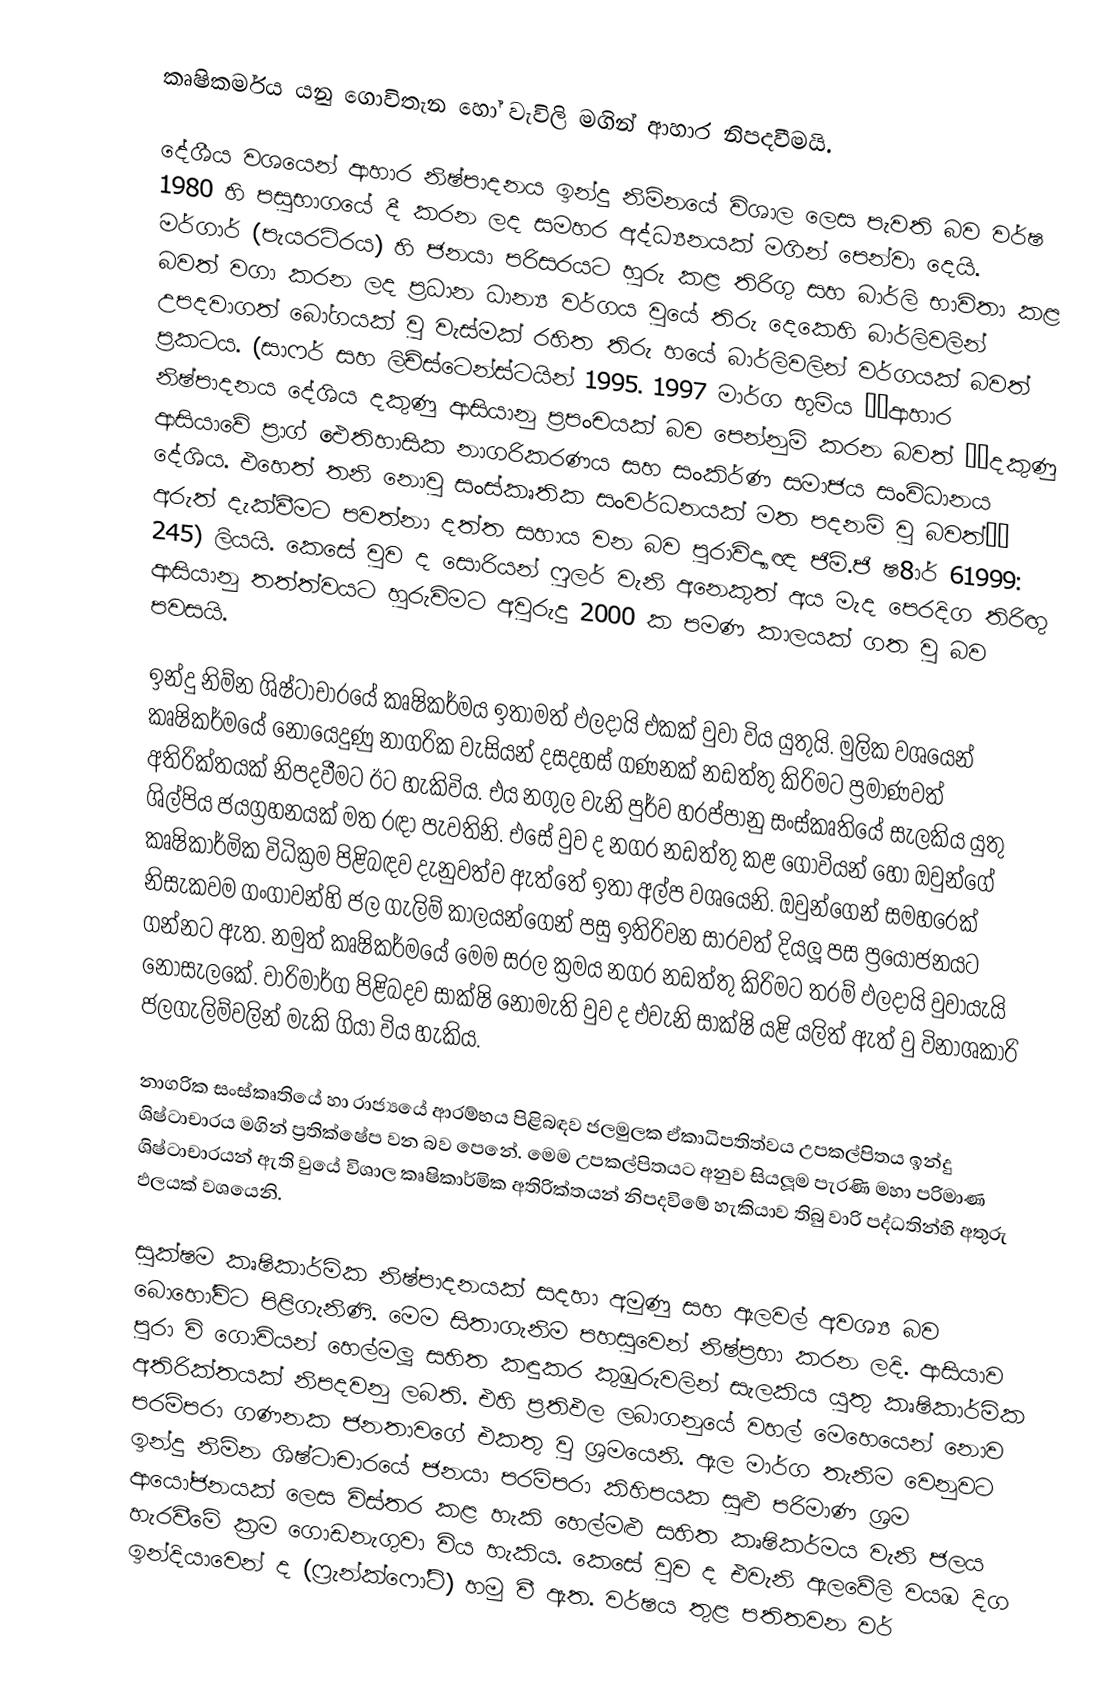
කෘෂිකර්මය යනු ගොවිතැන හෝ වැවිලි මගින් ආහාර නිපදවීමයි.

දේශීය වශයෙන් ආහාර නිෂ්පාදනය ඉන්දු නිම්නයේ විශාල ලෙස පැවති බව වර්ෂ 1980 හි පසුභාගයේ දී කරන ලද සමහර අද්ධ්‍යනයක් මගින් පෙන්වා දෙයි. මර්ගාර් (පැයරට්රය) හි ජනයා පරිසරයට හුරු කළ තිරිගු සහ බාර්ලි භාවිතා කළ බවත් වගා කරන ලද ප්‍රධාන ධාන්‍ය වර්ගය වුයේ තිරු දෙකෙහි බාර්ලිවලින් උපදවාගත් බෝගයක් වු වැස්මක් රහිත තිරු හයේ බාර්ලිවලින් වර්ගයක් බවත් ප්‍රකටය. (සාෆර් සහ ලිච්ස්ටෙන්ස්ටයින් 1995. 1997 මාර්ග භුමිය ‘‘ආහාර නිෂ්පාදනය දේශිය දකුණු ආසියානු ප්‍රපංචයක් බව පෙන්නුම් කරන බවත් ‘‘දකුණු ආසියාවේ ප්‍රාග් ඓතිහාසික නාගරිකරණය සහ සංකිර්ණ සමාජය සංවිධානය දේශිය. එහෙත් තනි නොවු සංස්කෘතික සංවර්ධනයක් මත පදනම් වු බවත්’‘ අරුත් දැක්වීමට පවත්නා දත්ත සහාය වන බව පුරාවිද්‍යාඥ ජිම්.ජි ෂ8ාර් 61999: 245) ලියයි. කෙසේ වුව ද සොරියන් ෆුලර් වැනි අනෙකුත් අය මැද පෙරදිග තිරිඟු ආසියානු තත්ත්වයට හුරුවිමට අවුරුදු 2000 ක පමණ කාලයක් ගත වු බව පවසයි.

ඉන්දු නිම්න ශිෂ්ටාචාරයේ කෘෂිකර්මය ඉතාමත් ඵලදායි එකක් වුවා විය යුතුයි. මුලික වශයෙන් කෘෂිකර්මයේ නොයෙදුණු නාගරික වැසියන් දසදහස් ගණනක් නඩත්තු කිරිමට ප්‍රමාණවත් අතිරික්තයක් නිපදවීමට ඊට හැකිවිය. එය නගුල වැනි පුර්ව හරප්පානු සංස්කෘතියේ සැලකිය යුතු ශිල්පිය ජයග්‍රහනයක්  මත රඳා පැවතිනි. එසේ වුව ද නගර නඩත්තු කළ ගොවියන් හෝ ඔවුන්ගේ කෘෂිකාර්මික විධික්‍රම පිළිබඳව දැනුවත්ව ඇත්තේ ඉතා අල්ප වශයෙනි. ඔවුන්ගෙන් සමහරෙක් නිසැකවම ගංගාවන්හි ජල ගැලිම් කාලයන්ගෙන් පසු ඉතිරිවන සාරවත් දියලූ පස ප්‍රයෝජනයට ගන්නට ඇත. නමුත් කෘෂිකර්මයේ මෙම සරල ක්‍රමය නගර නඩත්තු කිරිමට තරම් ඵලදායි වුවායැයි නොසැලකේ. වාරිමාර්ග පිළිබදව සාක්ෂි නොමැති වුව ද එවැනි සාක්ෂි යළි යලිත් ඇත් වු විනාශකාරි ජලගැලිම්වලින් මැකි ගියා විය හැකිය.

නාගරික සංස්කෘතියේ හා රාජ්‍යයේ ආරම්භය පිළිබඳව ජලමුලක ඒකාධිපතිත්වය උපකල්පිතය ඉන්දු ශිෂ්ටාචාරය මගින් ප්‍රතික්ෂේප වන බව පෙනේ. මෙම උපකල්පිතයට අනුව සියලූම පැරණි මහා පරිමාණ ශිෂ්ටාචාරයන් ඇති වුයේ විශාල කෘෂිකාර්මික අතිරික්තයන් නිපදවිමේ හැකියාව තිබු වාරි පද්ධතින්හි අතුරු ඵලයක් වශයෙනි.

සුක්ෂම කෘෂිකාර්මික නිෂ්පාදනයක් සදහා අමුණු සහ  ඇලවල් අවශ්‍ය බව බොහෝවිට පිළිගැනිණි. මෙම සිතාගැනිම පහසුවෙන් නිෂ්ප්‍රභා කරන ලදි. ආසියාව පුරා වි ගොවියන් හෙල්මලූ සහිත කඳුකර කුඹුරුවලින් සැලකිය යුතු කෘෂිකාර්මික අතිරික්තයක් නිපදවනු ලබති. එහි ප්‍රතිඵල ලබාගනුයේ වහල් මෙහෙයෙන් නොව පරම්පරා ගණනක ජනතාවගේ එකතු වු ශ්‍රමයෙනි. ඇල මාර්ග තැනිම වෙනුවට ඉන්දු නිම්න ශිෂ්ටාචාරයේ ජනයා පරම්පරා කිහිපයක සුළු පරිමාණ ශ්‍රම ආයෝජනයක් ලෙස විස්තර කළ හැකි හෙල්මළු සහිත කෘෂිකර්මය වැනි ජලය හැරවීමේ ක්‍රම ගොඩනැගුවා විය හැකිය. කෙසේ වුව ද එවැනි ඇලවේලි වයඹ දිග ඉන්දියාවෙන් ද (ෆ්‍රැන්ක්ෆෝට්) හමු වී ඇත. වර්ෂය තුළ පතිතවන වර්